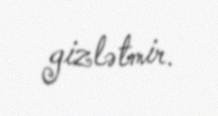
gizlətmir.